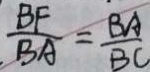
\frac { B F } { B A } = \frac { B A } { B C }